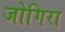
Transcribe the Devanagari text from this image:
जोगिरा